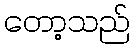
တော့သည်